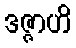
ဒဇ္ဇာဟိ